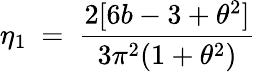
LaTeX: \eta_{1}~=~\frac{2[6b-3+\theta^{2}]}{3\pi^{2}(1+\theta^{2})}